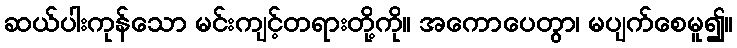
ဆယ်ပါးကုန်သော မင်းကျင့်တရားတို့ကို။ အကောပေတွာ၊ မပျက်စေမူ၍။